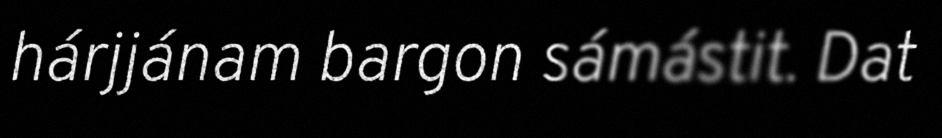
hárjjánam bargon sámástit. Dat